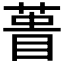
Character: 𮐎